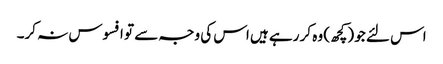
اس لئے جو (کچھ) وہ کر رہے ہیں اس کی وجہ سے تو افسوس نہ کر۔